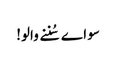
سو اے سُننے والو!